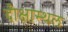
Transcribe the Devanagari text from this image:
दीक्षास्थल